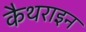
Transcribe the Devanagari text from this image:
कैथराइन